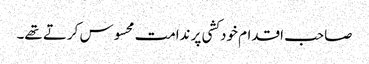
صاحب اقدام خودکشی پر ندامت محسوس کرتے تھے۔